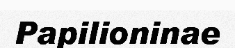
Papilioninae